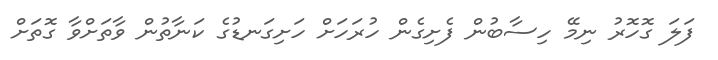
ފަލަ ގޮހޮރު ނިމޭ ހިސާބުން ފެށިގެން ހުރަހަށް ހަށިގަނޑުގެ ކަނާތުން ވާތަށްވާ ގޮތަށް